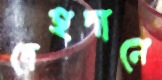
দেহদানে